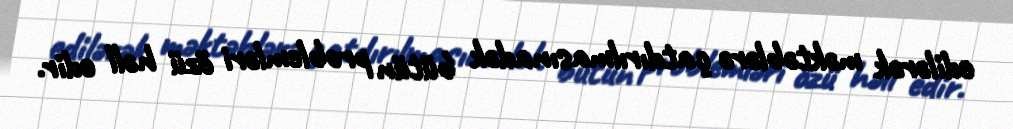
edilərək məktəblərə çatdırılmasınadək bütün problemləri özü həll edir.